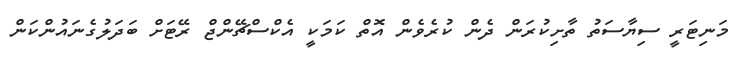
މަނިޓަރީ ސިޔާސަތު ތާށިކުރަން ދެން ކުރެވެން އޮތް ކަމަކީ އެކްސްޗޭންޖް ރޭޓަށް ބަދަލުގެނައުންކަން